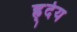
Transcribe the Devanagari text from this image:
ह्र्देय